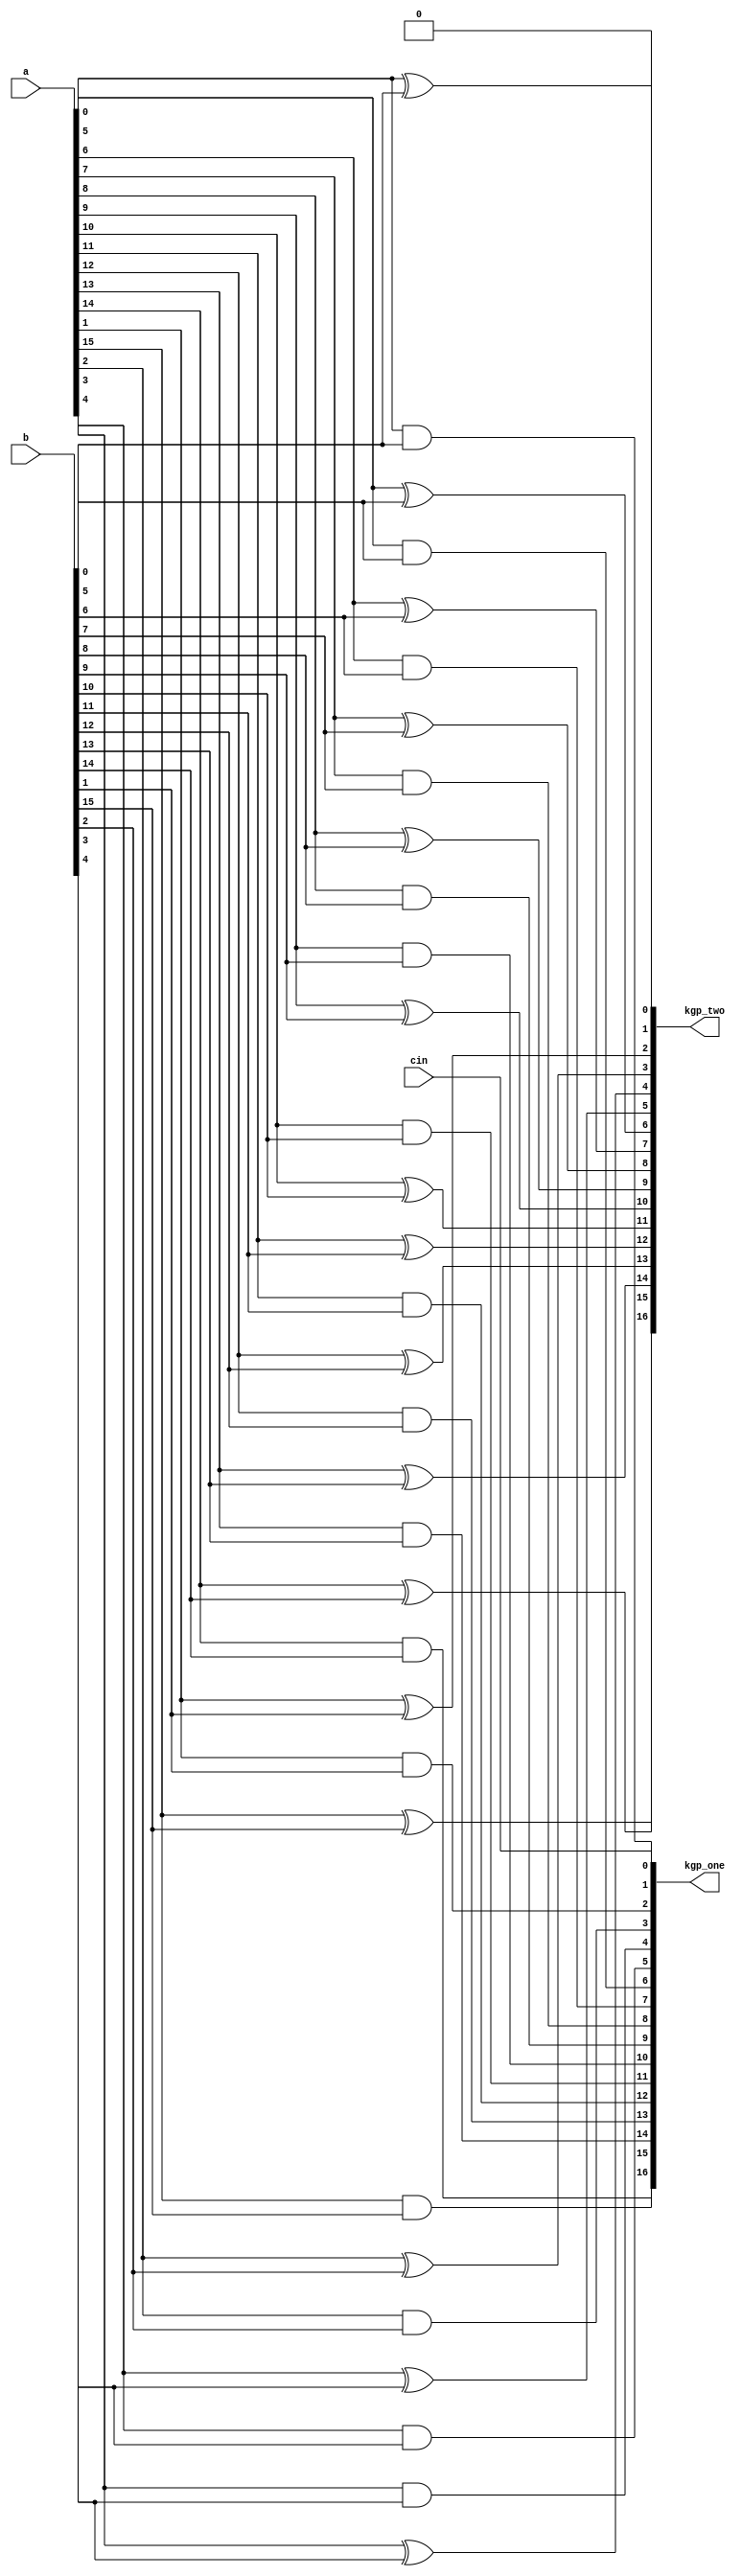
module KGP(a, b, kgp_one, kgp_two, cin);
input [15:0] a;
input [15:0] b;
input cin;
output [16:0] kgp_one;
output [16:0] kgp_two;

assign kgp_one[0] = cin;
assign kgp_two[0] = 1'b0;
generate
	genvar i;
	for(i=1; i<17; i=i+1) begin
		assign kgp_one[i] = a[i-1]&b[i-1];
		assign kgp_two[i] = a[i-1]^b[i-1];
	end
endgenerate

endmodule